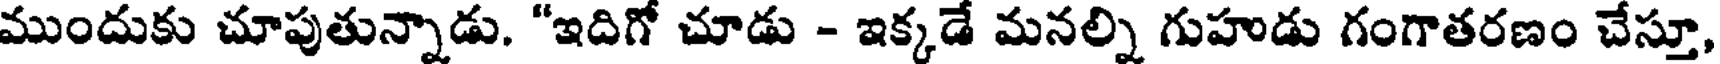
ముందుకు చూపుతున్నాడు. "ఇదిగో చూడు - ఇక్కడే మనల్ని గుహుడు గంగాతరణం చేస్తూ,